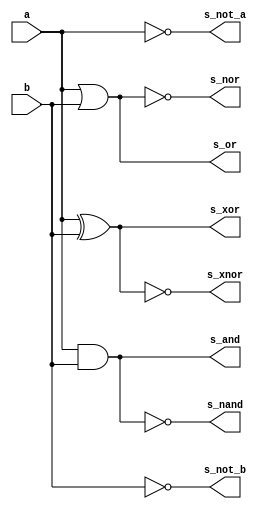
// -------------------------
// Exemplo0034 - OR/NOR e XOR/XNOR - 4 bits - Selecionvel
// Nome: Daniel Telles McGinnis
// -------------------------
// Previso:
// A sada sero a disjuno (OR) e a negao da disjuno (NOR) de cada bit dos
// dois operandos de 4 bits que servirem de entrada para subcircuito, e depois a
// disjuno exclusiva (XOR) e a negao da disjuno exclusiva (XNOR).
// Teste 1:
// Entradas: [a = 0011], [b = 0101], [primeiro: chave = 0, depois: chave = 1].
// Observaes da sada:
// A sada so duas linhas, uma para a disjuno feita bit a bit
// e outra para a negao da disjuno feita bit a bit, e depois
// mais duas linhas para a disjuno exclusiva (XOR) e a negao
// da disjuno exclusiva (XNOR), como esperado.

module subcircuito(output s_not_a, output s_not_b, output s_or, output s_nor, output s_and,
                   output s_nand, output s_xor, output s_xnor, input a, input b);
	not N0 (s_not_a, a);
	not N1 (s_not_b, b);
	or N2 (s_or, a, b);
	nor N3 (s_nor, a, b);
	and N4 (s_and, a, b);
	nand N5 (s_nand, a, b);
	xor N6 (s_xor, a, b);
	xnor N7 (s_xnor, a, b);
endmodule // subcircuito

module test_subcircuito;
	// ------------------------- definir dados
	reg x;
	reg y;
	wire s_not_x;
	wire s_not_y;
	wire s_or;
	wire s_nor;
	wire s_and;
	wire s_nand;
	wire s_xor;
	wire s_xnor;
	subcircuito modulo (s_not_x, s_not_y, s_or, s_nor, s_and, s_nand, s_xor, s_xnor, x, y);
	// ------------------------- parte principal
	initial begin
		$display("Exemplo0034 - Daniel Telles McGinnis - 435042");
		$display("Test LU's module");
		$monitor("(%b, %b) -> %b %b %b %b %b %b %b %b", x, y, s_not_x, s_not_y, s_or, s_nor, s_and, s_nand, s_xor, s_xnor);
		x = 1'b0; y = 1'b0;
		#1 x = 1'b0; y = 1'b1;
		#1 x = 1'b1; y = 1'b0;
		#1 x = 1'b1; y = 1'b1;
	end
endmodule // test_subcircuito